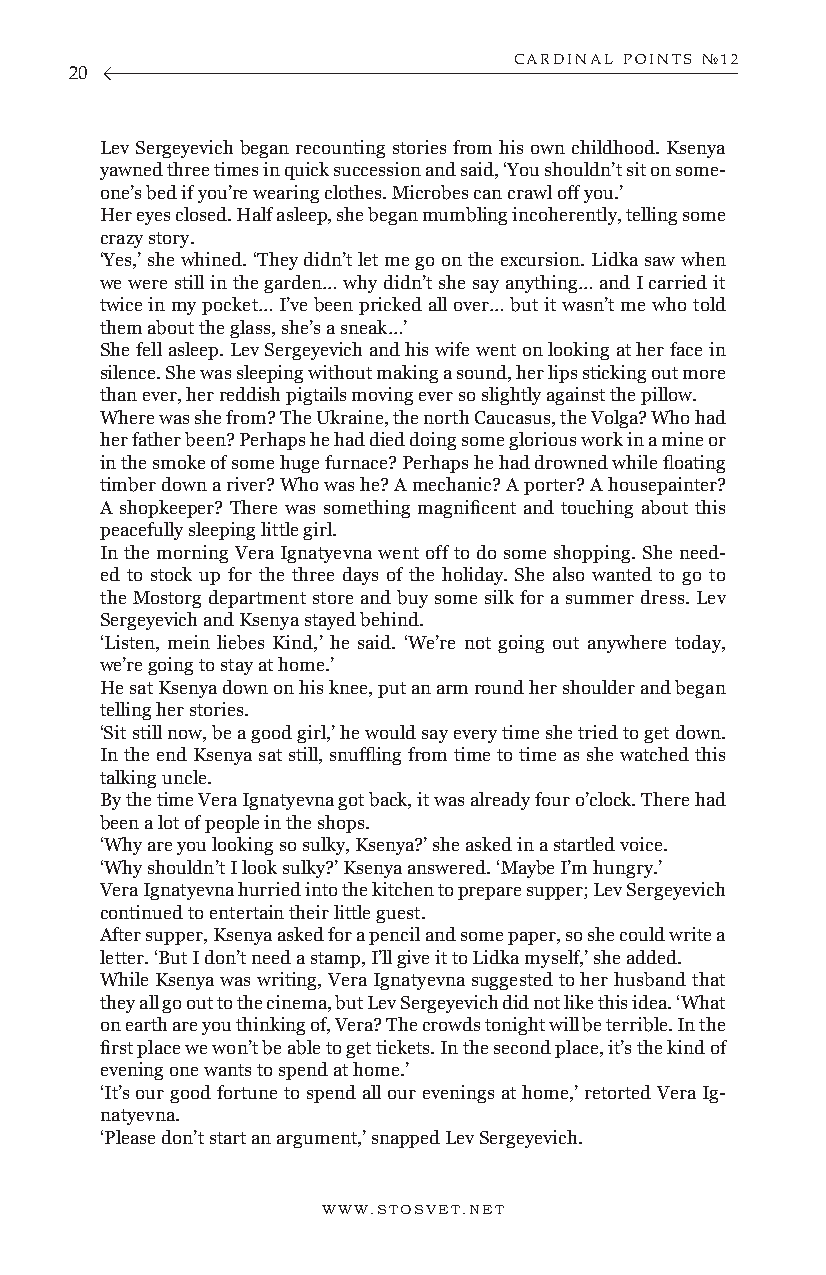
CARDINAL POINTS №12
 20
 Lev Sergeyevich began recounting stories from his own childhood. Ksenya
 yawned three times in quick succession and said, ‘You shouldn’t sit on some-
 one’s bed if you’re wearing clothes. Microbes can crawl off you.’
 Her eyes closed. Half asleep, she began mumbling incoherently, telling some
 crazy story.
 ‘Yes,’ she whined. ‘They didn’t let me go on the excursion. Lidka saw when
 we were still in the garden… why didn’t she say anything… and I carried it
 twice in my pocket… I’ve been pricked all over… but it wasn’t me who told
 them about the glass, she’s a sneak…’
 She fell asleep. Lev Sergeyevich and his wife went on looking at her face in
 silence. She was sleeping without making a sound, her lips sticking out more
 than ever, her reddish pigtails moving ever so slightly against the pillow.
 Where was she from? The Ukraine, the north Caucasus, the Volga? Who had
 her father been? Perhaps he had died doing some glorious work in a mine or
 in the smoke of some huge furnace? Perhaps he had drowned while floating
 timber down a river? Who was he? A mechanic? A porter? A housepainter?
 A shopkeeper? There was something magnificent and touching about this
 peacefully sleeping little girl.
 In the morning Vera Ignatyevna went off to do some shopping. She need-
 ed to stock up for the three days of the holiday. She also wanted to go to
 the Mostorg department store and buy some silk for a summer dress. Lev
 Sergeyevich and Ksenya stayed behind.
 ‘Listen, mein liebes Kind,’ he said. ‘We’re not going out anywhere today,
 we’re going to stay at home.’
 He sat Ksenya down on his knee, put an arm round her shoulder and began
 telling her stories.
 ‘Sit still now, be a good girl,’ he would say every time she tried to get down.
 In the end Ksenya sat still, snuffling from time to time as she watched this
 talking uncle.
 By the time Vera Ignatyevna got back, it was already four o’clock. There had
 been a lot of people in the shops.
 ‘Why are you looking so sulky, Ksenya?’ she asked in a startled voice.
 ‘Why shouldn’t I look sulky?’ Ksenya answered. ‘Maybe I’m hungry.’
 Vera Ignatyevna hurried into the kitchen to prepare supper; Lev Sergeyevich
 continued to entertain their little guest.
 After supper, Ksenya asked for a pencil and some paper, so she could write a
 letter. ‘But I don’t need a stamp, I’ll give it to Lidka myself,’ she added.
 While Ksenya was writing, Vera Ignatyevna suggested to her husband that
 they all go out to the cinema, but Lev Sergeyevich did not like this idea. ‘What
 on earth are you thinking of, Vera? The crowds tonight will be terrible. In the
 first place we won’t be able to get tickets. In the second place, it’s the kind of
 evening one wants to spend at home.’
 ‘It’s our good fortune to spend all our evenings at home,’ retorted Vera Ig-
 natyevna.
 ‘Please don’t start an argument,’ snapped Lev Sergeyevich.
 WWW.STOSVET.NET                                        WWW.STOSVET.NET